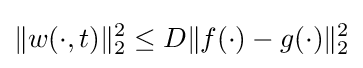
\|w(\cdot ,t)\|_{2}^{2}\leq D\|f(\cdot )-g(\cdot )\|_{2}^{2}